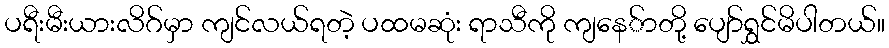
ပရီးမီးယားလိဂ်မှာ ကျင်လယ်ရတဲ့ ပထမဆုံး ရာသီကို ကျနေ်ာတို့ ပျော်ရွှင်မိပါတယ်။